Leaving Certificate, 1896
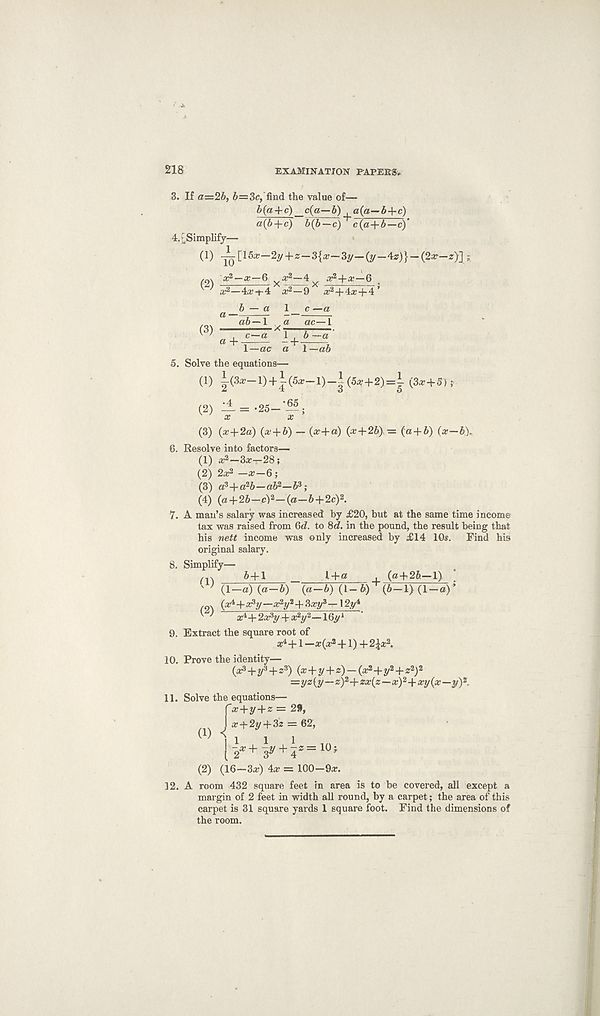
218
EXAMINATION PAPERS,
3. If a=26, 6=3c, find the value of—
b(a+c) _c(a—b) a(a—b-\-c)
a(b-\-c) b{b—c) c(a+b—c)'
4. ^Simplify—
0) -^[ 15a; -2y + z-3{a?-3y-(y-42;)}-(2ar-z)] ?
(2) a? 2 —#—6 y a? 2~4 ^2+^-6 .
'■ J a?—4a;-t-4 a 2 —9 ic 2 +4a;+4 f
(3) ' a +
--)■
1—ac a
5. Solve the equations—
c —a
ac—1
b —a
T^ab
(1) i(3*-l) + i(5*-l)_i(5*+2)=! (3* + 5);
(2) — = -25-'^;
X
X
(3) (x+2a) (x+b) — 0+a) (x + 2b) = (a + b) (x—b).
6. Resolve into factors—
(1) x 2 -Zx-2Si
(2) 2a; 2 -a;-6;
(3) a 3 +a 2 6—a6 2 —5 3 ;
(4) (a+26—c) 2 —(a—6 + 2c) 2 .
7. A man’s salary was increased by £20, but at the same time income
tax was raised from Qd. to 8rf. in the pound, the result being that
his nett income was only increased by £14 10s. Find his
original salary.
8. Simplify—
m
6 + 1
l + a , (a+ 26—1)
' ; (1—a) (a—b) {a-b) (1-6)' r (6-l) (1-a)’
. . (a4+a^y—a; 2 y 2 +3a;y 3 — 12y 4
^ ^ a; 4 +2a?y+x 2 y %~- 16,y 1
9. Extract the square root of
a: 4 +l—a;(a? 2 + l) +2\x 2 .
10. Prove the identity—
(^+y 3 +2 3 ) (a; + y+«) —(a^+y 2 +2: 2 ) 2
=yz{y—z) 2 + zx(z—x) 2 -\- xy (x —y) 2 .
11. Solve the equations—
f a;+y + z = 2«,
m J
32 = 62 ’
''ll 1 1
[- 2 *+F + i‘= 10 >
(2) (16—3a;) 4a; = 100-9a;.
12. A room 432 square feet in area is to be covered, all except a
margin of 2 feet in width all round, by a carpet; the area of this
carpet is 31 square yards 1 square foot. Find the dimensions of
the room.